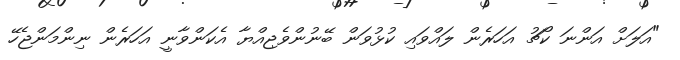
"އަލަށް އަންނަ ކޯޗު އަހަރެން ލައްވައި ކުޅުވަން ބޭނުންވެޖިއްޔާ އެކަންވާނީ އަހަރެން ނިންމަންޖެހޭ